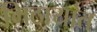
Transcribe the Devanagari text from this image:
मिठायांत